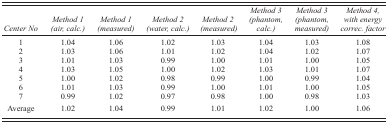
| Center No | Method 1 (air, calc.) | Method 1 (measured) | Method 2 (water, calc.) | Method 2 (measured) | Method 3 (phantom, calc.) | Method 3 (phantom, measured) | Method 4, with energy correc. factor |
 | --- | --- | --- | --- | --- | --- | --- | --- |
 | 1 | 1.04 | 1.06 | 1.02 | 1.03 | 1.04 | 1.03 | 1.08 |
 | 2 | 1.03 | 1.06 | 1.01 | 1.02 | 1.04 | 1.02 | 1.07 |
 | 3 | 1.01 | 1.03 | 0.99 | 1.00 | 1.01 | 1.00 | 1.05 |
 | 4 | 1.03 | 1.05 | 1.00 | 1.02 | 1.03 | 1.01 | 1.07 |
 | 5 | 1.00 | 1.02 | 0.98 | 0.99 | 1.00 | 0.99 | 1.04 |
 | 6 | 1.01 | 1.03 | 0.99 | 1.00 | 1.01 | 1.00 | 1.05 |
 | 7 | 0.99 | 1.02 | 0.97 | 0.98 | 1.00 | 0.98 | 1.03 |
 | Average | 1.02 | 1.04 | 0.99 | 1.01 | 1.02 | 1.00 | 1.06 |